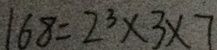
1 6 8 = 2 ^ { 3 } \times 3 \times 7